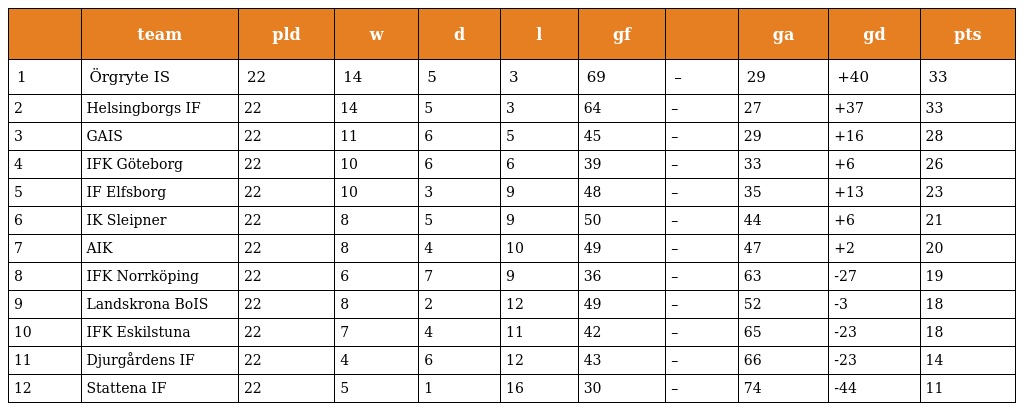
|  | team | pld | w | d | l | gf |  | ga | gd | pts |
 | --- | --- | --- | --- | --- | --- | --- | --- | --- | --- | --- |
 | 1 | Örgryte IS | 22 | 14 | 5 | 3 | 69 | – | 29 | +40 | 33 |
 | 2 | Helsingborgs IF | 22 | 14 | 5 | 3 | 64 | – | 27 | +37 | 33 |
 | 3 | GAIS | 22 | 11 | 6 | 5 | 45 | – | 29 | +16 | 28 |
 | 4 | IFK Göteborg | 22 | 10 | 6 | 6 | 39 | – | 33 | +6 | 26 |
 | 5 | IF Elfsborg | 22 | 10 | 3 | 9 | 48 | – | 35 | +13 | 23 |
 | 6 | IK Sleipner | 22 | 8 | 5 | 9 | 50 | – | 44 | +6 | 21 |
 | 7 | AIK | 22 | 8 | 4 | 10 | 49 | – | 47 | +2 | 20 |
 | 8 | IFK Norrköping | 22 | 6 | 7 | 9 | 36 | – | 63 | -27 | 19 |
 | 9 | Landskrona BoIS | 22 | 8 | 2 | 12 | 49 | – | 52 | -3 | 18 |
 | 10 | IFK Eskilstuna | 22 | 7 | 4 | 11 | 42 | – | 65 | -23 | 18 |
 | 11 | Djurgårdens IF | 22 | 4 | 6 | 12 | 43 | – | 66 | -23 | 14 |
 | 12 | Stattena IF | 22 | 5 | 1 | 16 | 30 | – | 74 | -44 | 11 |